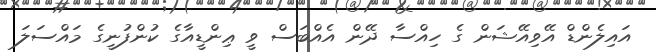
އައިލެންޑް އޭވިއޭޝަން ގެ ހިއްސާ ދޭން އެއްބަސް ވީ ޢިންޑީއާގެ ކުންފުނީގެ މައްސަލަ